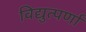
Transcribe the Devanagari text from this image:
विद्युत्पर्णा